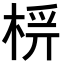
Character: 𣔔